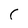
Character: C